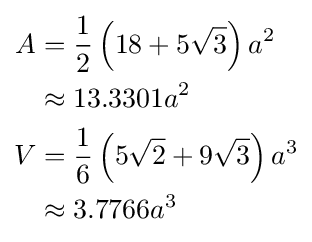
{\begin{aligned}A&={\frac {1}{2}}\left(18+5{\sqrt {3}}\right)a^{2}\\&\approx 13.3301a^{2}\\V&={\frac {1}{6}}\left(5{\sqrt {2}}+9{\sqrt {3}}\right)a^{3}\\&\approx 3.7766a^{3}\end{aligned}}